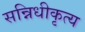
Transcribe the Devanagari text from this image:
सन्निधीकृत्य